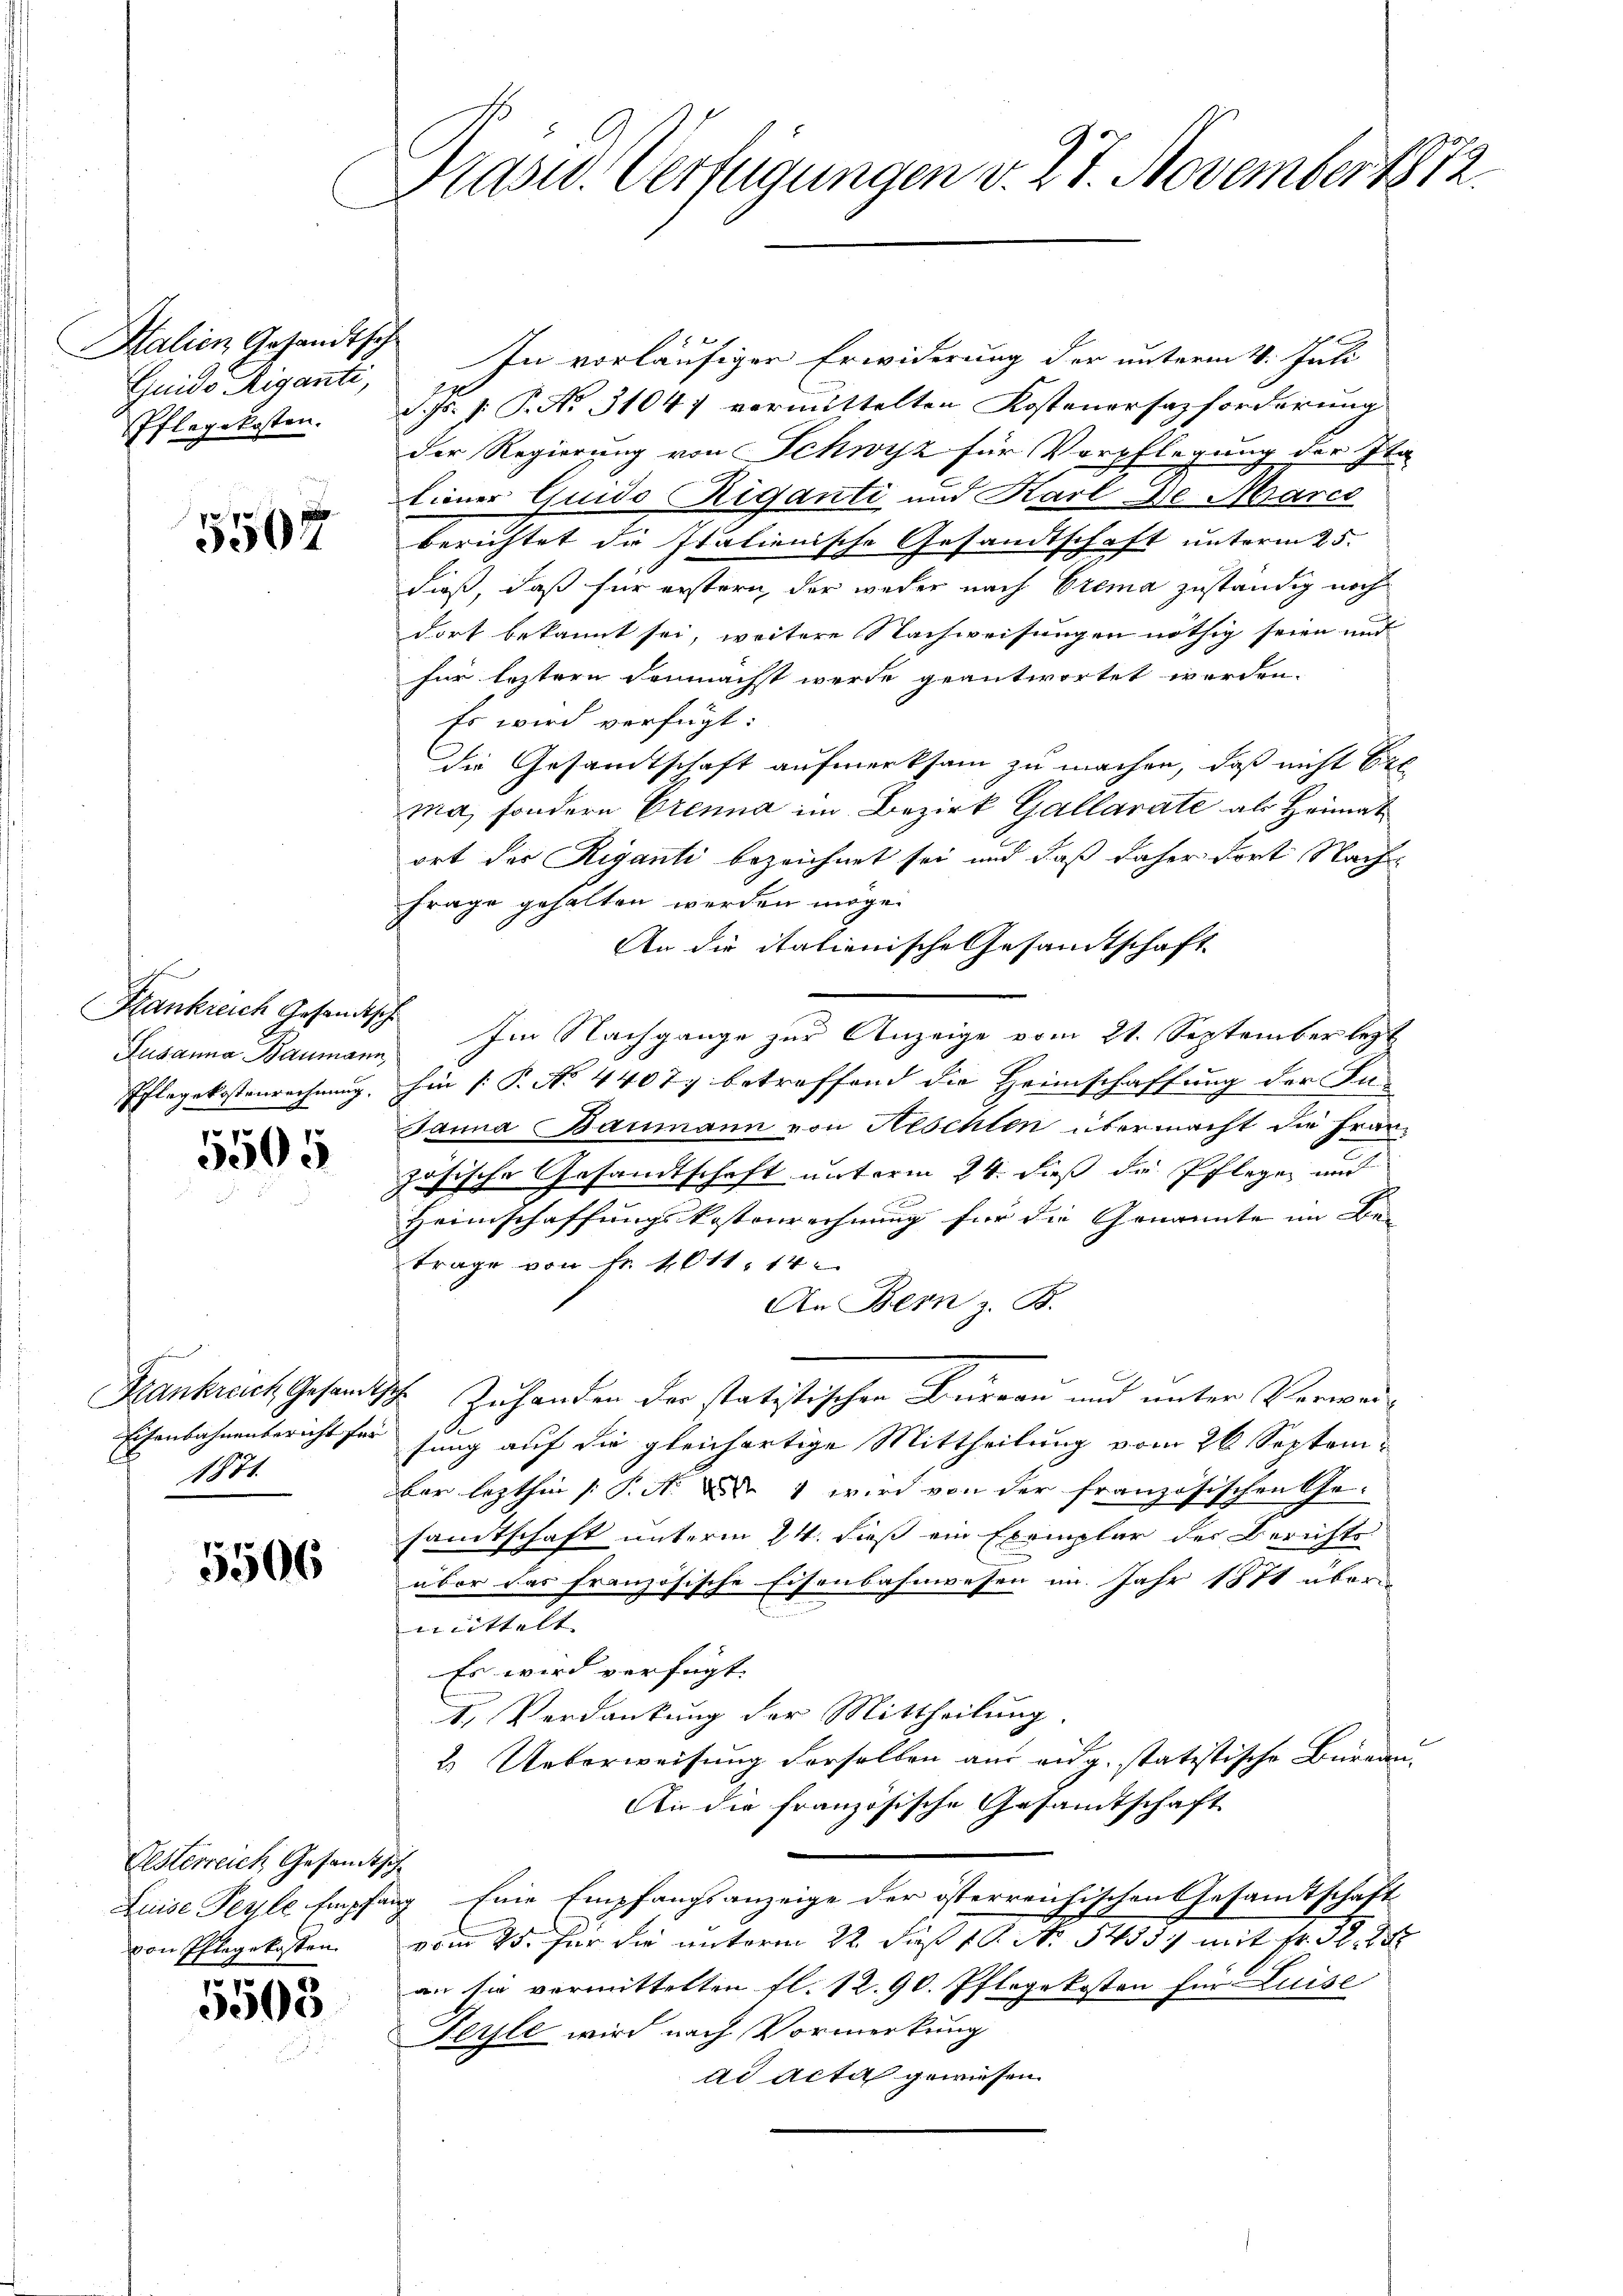
Halien Gesandtsch
Guido Riganti,
Pflegekosten.

5507

Kankreich Gesandtsche

5505

1871.

5506

In vorläufigen Erwiderung der unterm 4. Juli
d. Js. f. P. No. 31047 vermittelten Kostenersazforderung
der Regierung von Schwyz für Verpflegung der Ita
seiner Quido Riganti und Karl De Marco
berichtet die Italienische Gesandtschaft unterm 25.
dieß, daß für erstern der weder nach Crema zuständig noch
dort bekannt sei, weitere Nachweisungen nöthig seien und
für leztern demnachst werde geantwortet worden.
Es wird verfügt:
die Gesandtschaft aufmerksam zu machen, daß nicht bet
ma, sondern Genua im Bezirk Gallarate als Heimat
ort des Riganti bezeichnet sei und daß daher fort Nach
Frage gehalten werden möge.
An die italienische Gesandtschaft
Susanna Baumann. Im Nachgange zur Anzeige vom 21. September lezt
Pflegekostenrechnung, hin (: P. No 44077 betreffend die Heimschaffung der In-
Janna Baumann von Neschlen übermacht die Franz
zösische Gesandtschaft unterm 24. dieß die Pflegen und
Heimschaffungskostenrechnung für die Genannte im Be- |
trage von Fr. 4011. 14
An Bern z. B.
Krankrech Gesandtsch. Zuhanden der statistischen Bureau und unter Verwei¬
Eisenbahnenbericht für jung auf die gleichartige Mittheilung vom 26 Septembar lezthin /: P. M. D. 1 wird von der französischen Ge-
samtschaft unterm 24. dieß ein Exemplar der Berichts
über das französische Eisenbahnwesen im Jahr 1871 übermittelt |
Es wird verfügt:
1. Verdankung der Mittheilung.
2. Ueberweisung derselben aus aug. statistische Büreau-
An die französische Gesandtschaft
Luise Peyle Empfang Eine Empfangsanzeige der österreichischen Gesamtschaft
vom 25. für die unterm 22. daß 1. No. 5455. mit Nr. 32. 1
an sie vermittelten fl. 12. 90. Pflegekosten für Luise
Perle wird nach Vormerkung
ad Acta gewiesen.

Oesterreich Gesandtsche
von Pflegekosten.

5505

Pasw. Verfügungen v. 27. November 1812.